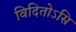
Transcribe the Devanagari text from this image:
विदितोऽसि